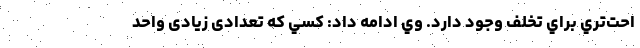
احت‌تري براي تخلف وجود دارد. وي ادامه داد: كسي كه تعدادی زیادی واحد